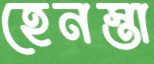
হেনস্তা